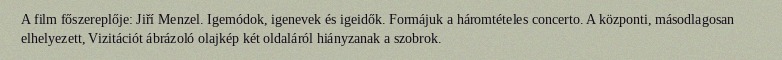
A film főszereplője: Jiří Menzel. Igemódok, igenevek és igeidők. Formájuk a háromtételes concerto. A központi, másodlagosan elhelyezett, Vizitációt ábrázoló olajkép két oldaláról hiányzanak a szobrok.